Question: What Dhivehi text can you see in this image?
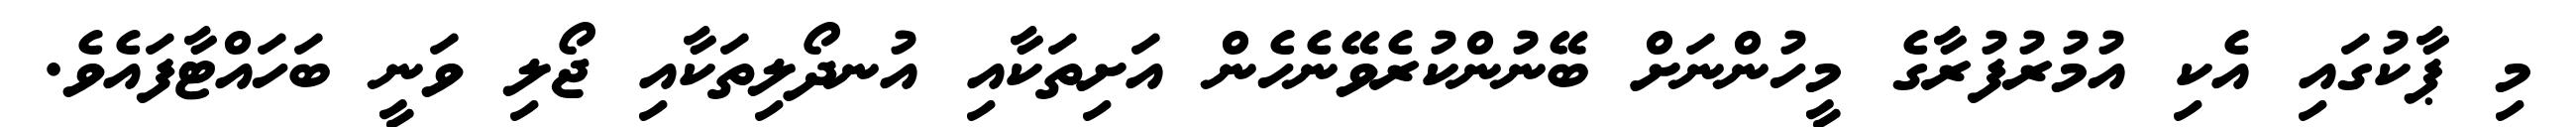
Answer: މި ޕާކުގައި އެކި އުމުރުފުރާގެ މީހުންނަށް ބޭނުންކުރެވޭނެހެން އަށިތަކާއި އުނދޯލިތަކާއި ޖޯލި ވަނީ ބަހައްޓާފައެވެ.